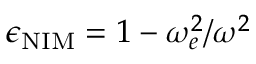
\epsilon _ { \mathrm { N I M } } = 1 - \omega _ { e } ^ { 2 } / \omega ^ { 2 }